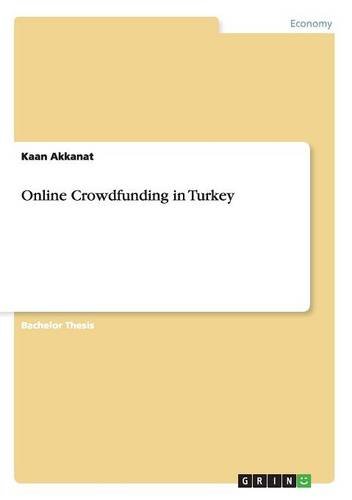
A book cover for Online Crowdfunding in Turkey; Kaan Akkanat; Business & Money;